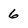
Character: 6